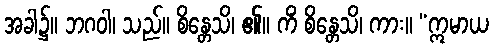
အခါ၌။ ဘဂဝါ၊ သည်။ စိန္တေသိ၊ ၏။ ကိံ စိန္တေသိ၊ ကား။ “ဣမာယ